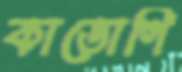
কাডোগি